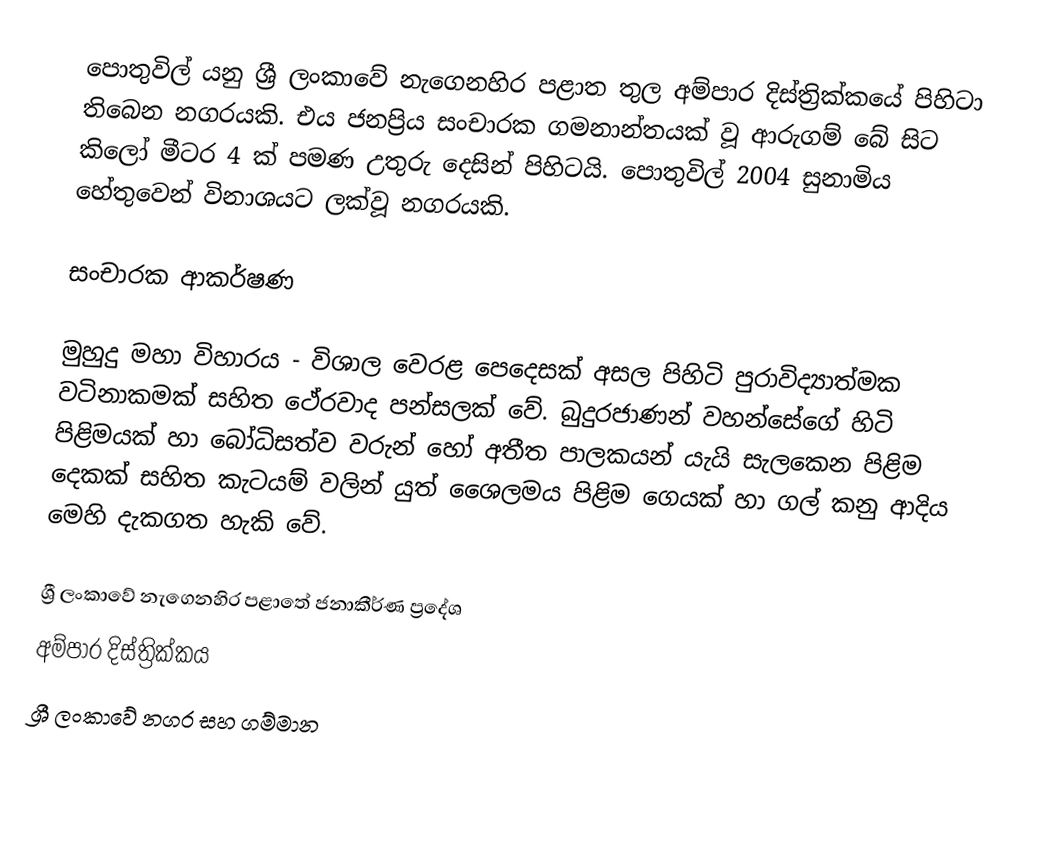
පොතුවිල් ‍යනු ශ්‍රී ලංකාවේ නැගෙනහිර පළාත තුල අම්පාර දිස්ත්‍රික්කයේ පිහිටා තිබෙන නගරයකි. එය ජනප්‍රිය සංචාරක ගමනාන්තයක් වූ ආරුගම් බේ සිට කිලෝ මීටර 4 ක් පමණ උතුරු දෙසින් පිහිටයි. පොතුවිල් 2004 සුනාමිය හේතුවෙන් විනාශයට ලක්වූ නගරයකි.

සංචාරක ආකර්ෂණ

මුහුදු මහා විහාරය - විශාල වෙරළ පෙදෙසක් අසල පිහිටි පුරාවිද්‍යාත්මක වටිනාකමක් සහිත ථේරවාද පන්සලක් වේ. බුදුරජාණන් වහන්සේගේ හිටි පිළිමයක් හා බෝධිසත්ව වරුන් හෝ අතීත පාලකයන් යැයි සැලකෙන පිළිම දෙකක් සහිත කැටයම් වලින් යුත් ශෛලමය පිළිම ගෙයක් හා ගල් කනු ආදිය මෙහි දැකගත හැකි වේ.

ශ්‍රී ලංකාවේ නැගෙනහිර පළාතේ ජනාකීර්ණ ප්‍රදේශ
අම්පාර දිස්ත්‍රික්කය
ශ්‍රී ලංකාවේ නගර සහ ගම්මාන